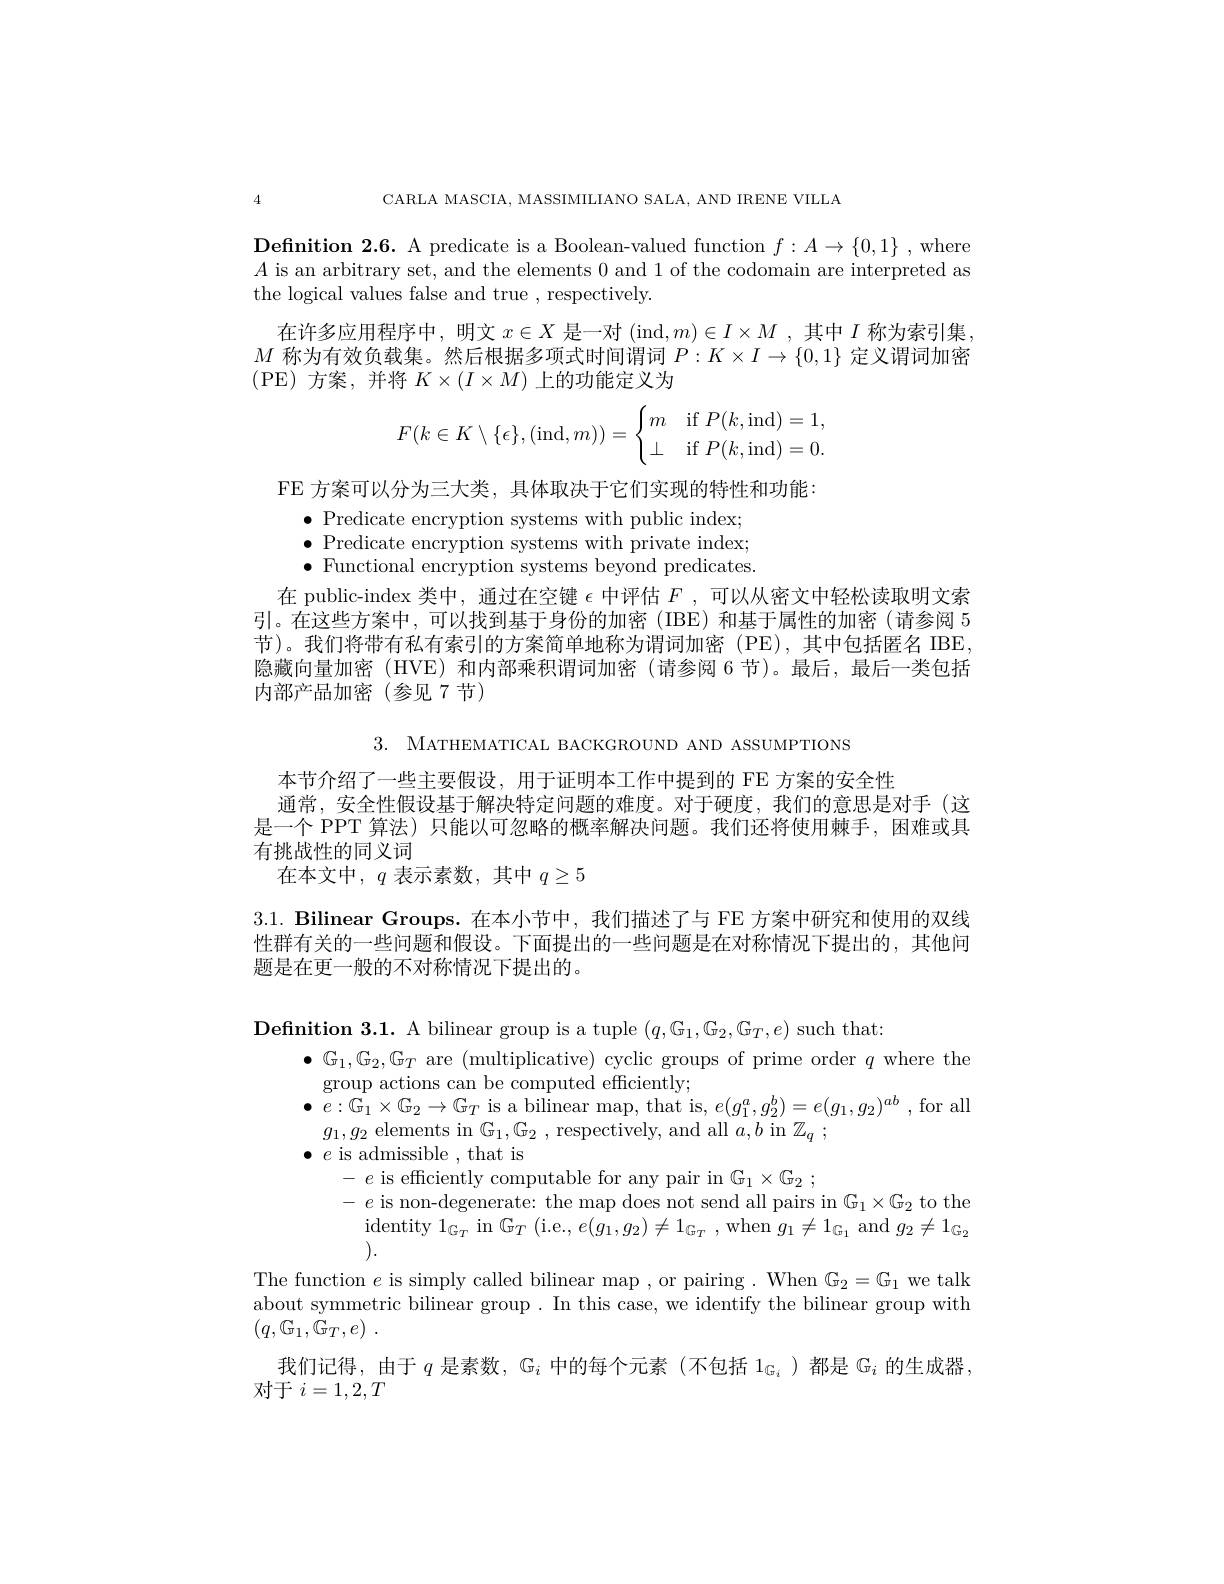
CARLA MASCIA, MASSIMIILIANO SALA, AND IRENE VIILLA

Defnition 2.6. A predicate is a Boolean-valued function $f:A\to\{0,1\}$ ,where $A$ is an arbitrary set, and the elements 0 and 1 of the codomain are interpreted as the logical values false and true , respectively.
$\begin{aligned}\text{在许多应用程序中，明文 }x\in X\text{ 是一对 (ind},m)\in I\times M\mathrm{~,~其中~}I\text{ 称为索引集}\\M\text{ 称为有效负载集。然后根据多项式时间谓词 }P:K\times I\to\{0,1\}\text{ 定义谓词加密}\end{aligned}$
(PE)方案，并将$K\times(I\times M)$上的功能定义为
$$F(k\in K\setminus\{\epsilon\},(\text{ind},m))=\begin{cases}m&\text{if}P(k,\text{ind})=1,\\\bot&\text{if}P(k,\text{ind})=0.\end{cases}$$
FE 方案可以分为三大类，具体取决于它们实现的特性和功能：
$\begin{array}{ll}\bullet&\mathrm{Predicate~encryption~systems~with~public~index;}\\\bullet&\mathrm{Predicate~encryption~systems~with~private~index;}\end{array}$ $\bullet$ Functional encryption systems beyond predicates 在 public-index 类中，通过在空键$\epsilon$中评估$F$ ,可以从密文中轻松读取明文索引。在这些方案中，可以找到基于身份的加密(IBE)和基于属性的加密(请参阅 5节)。我们将带有私有索引的方案简单地称为谓词加密(PE),其中包括匿名 IBE 隐藏向量加密(HVE)和内部乘积谓词加密(请参阅 6 节)。最后，最后一类包括内部产品加密(参见 7节)
3. MATHEMATICAL BACKGROUND AND ASSUMPTIONS
本节介绍了一些主要假设，用于证明本工作中提到的 FE 方案的安全性
通常，安全性假设基于解决特定问题的难度。对于硬度，我们的意思是对手(这是一个 PPT 算法) 只能以可忽略的概率解决问题。我们还将使用棘手，困难或具有挑战性的同义词
在本文中，$q$表示素数，其中$q\geq5$
3.1. Bilinear Groups. 在本小节中，我们描述了与 FE 方案中研究和使用的双线性群有关的一些问题和假设。下面提出的一些问题是在对称情况下提出的，其他问题是在更一般的不对称情况下提出的。
$\textbf{Definition 3. 1. A bilinear group is a tuple }( q, G_{1}, G_{2}, G_{T}, e)$ such that
$\bullet$ $\mathbb{G} _{1}, \mathbb{G} _{2}, \mathbb{G} _{T}$ are (multiplicative) cyclic groups of prime order $q$ where the
group actions can be computed efficiently;
$\bullet$ $e: \mathbb{G} _1\times \mathbb{G} _2\to \mathbb{G} _T$ is a bilinear map, that is, $e(g_1^a,g_2^b)=e(g_1,g_2)^{ab}$ ,for all
$g_{1},g_{2}$ elements in $G_1,G_2$,respectively, and all $a,b$ in $\mathbb{Z} _q$ ;
$\bullet~e~$is admissible ,that is
- $e$ is efficiently computable for any pair in $G_{1}\times G_{2}$ ; - $e$ $\text{is non- degenerate: the map does not send all pairs in G}_{1}\times G_{2}$ to the $\text{identity 1}_{GT}$ $\text{in G}_{T}$ ( i. e. , $e( g_{1}, g_{2}) \neq 1_{G_{T}}$ ,when $g_{1}\neq 1_{G_{1}}$ and $g_{2}\neq 1_{G_{2}}$
The function $e$ is simply called bilinear map , or pairing . When $G_2=\mathbb{G}_1$ we talk about symmetric bilinear group. In this case, we identify the bilinear group with $( q, \mathbb{G} _1, \mathbb{G} _T, e)$ .
我们记得，由于$q$是素数，$\mathbb{G}_i$中的每个元素(不包括$\mathbb{1}_\mathbb{G}_i$ )都是$\mathbb{G}_i$的生成器
对于$i=1,2,T$